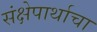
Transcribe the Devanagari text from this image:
संक्षेपार्थाचा